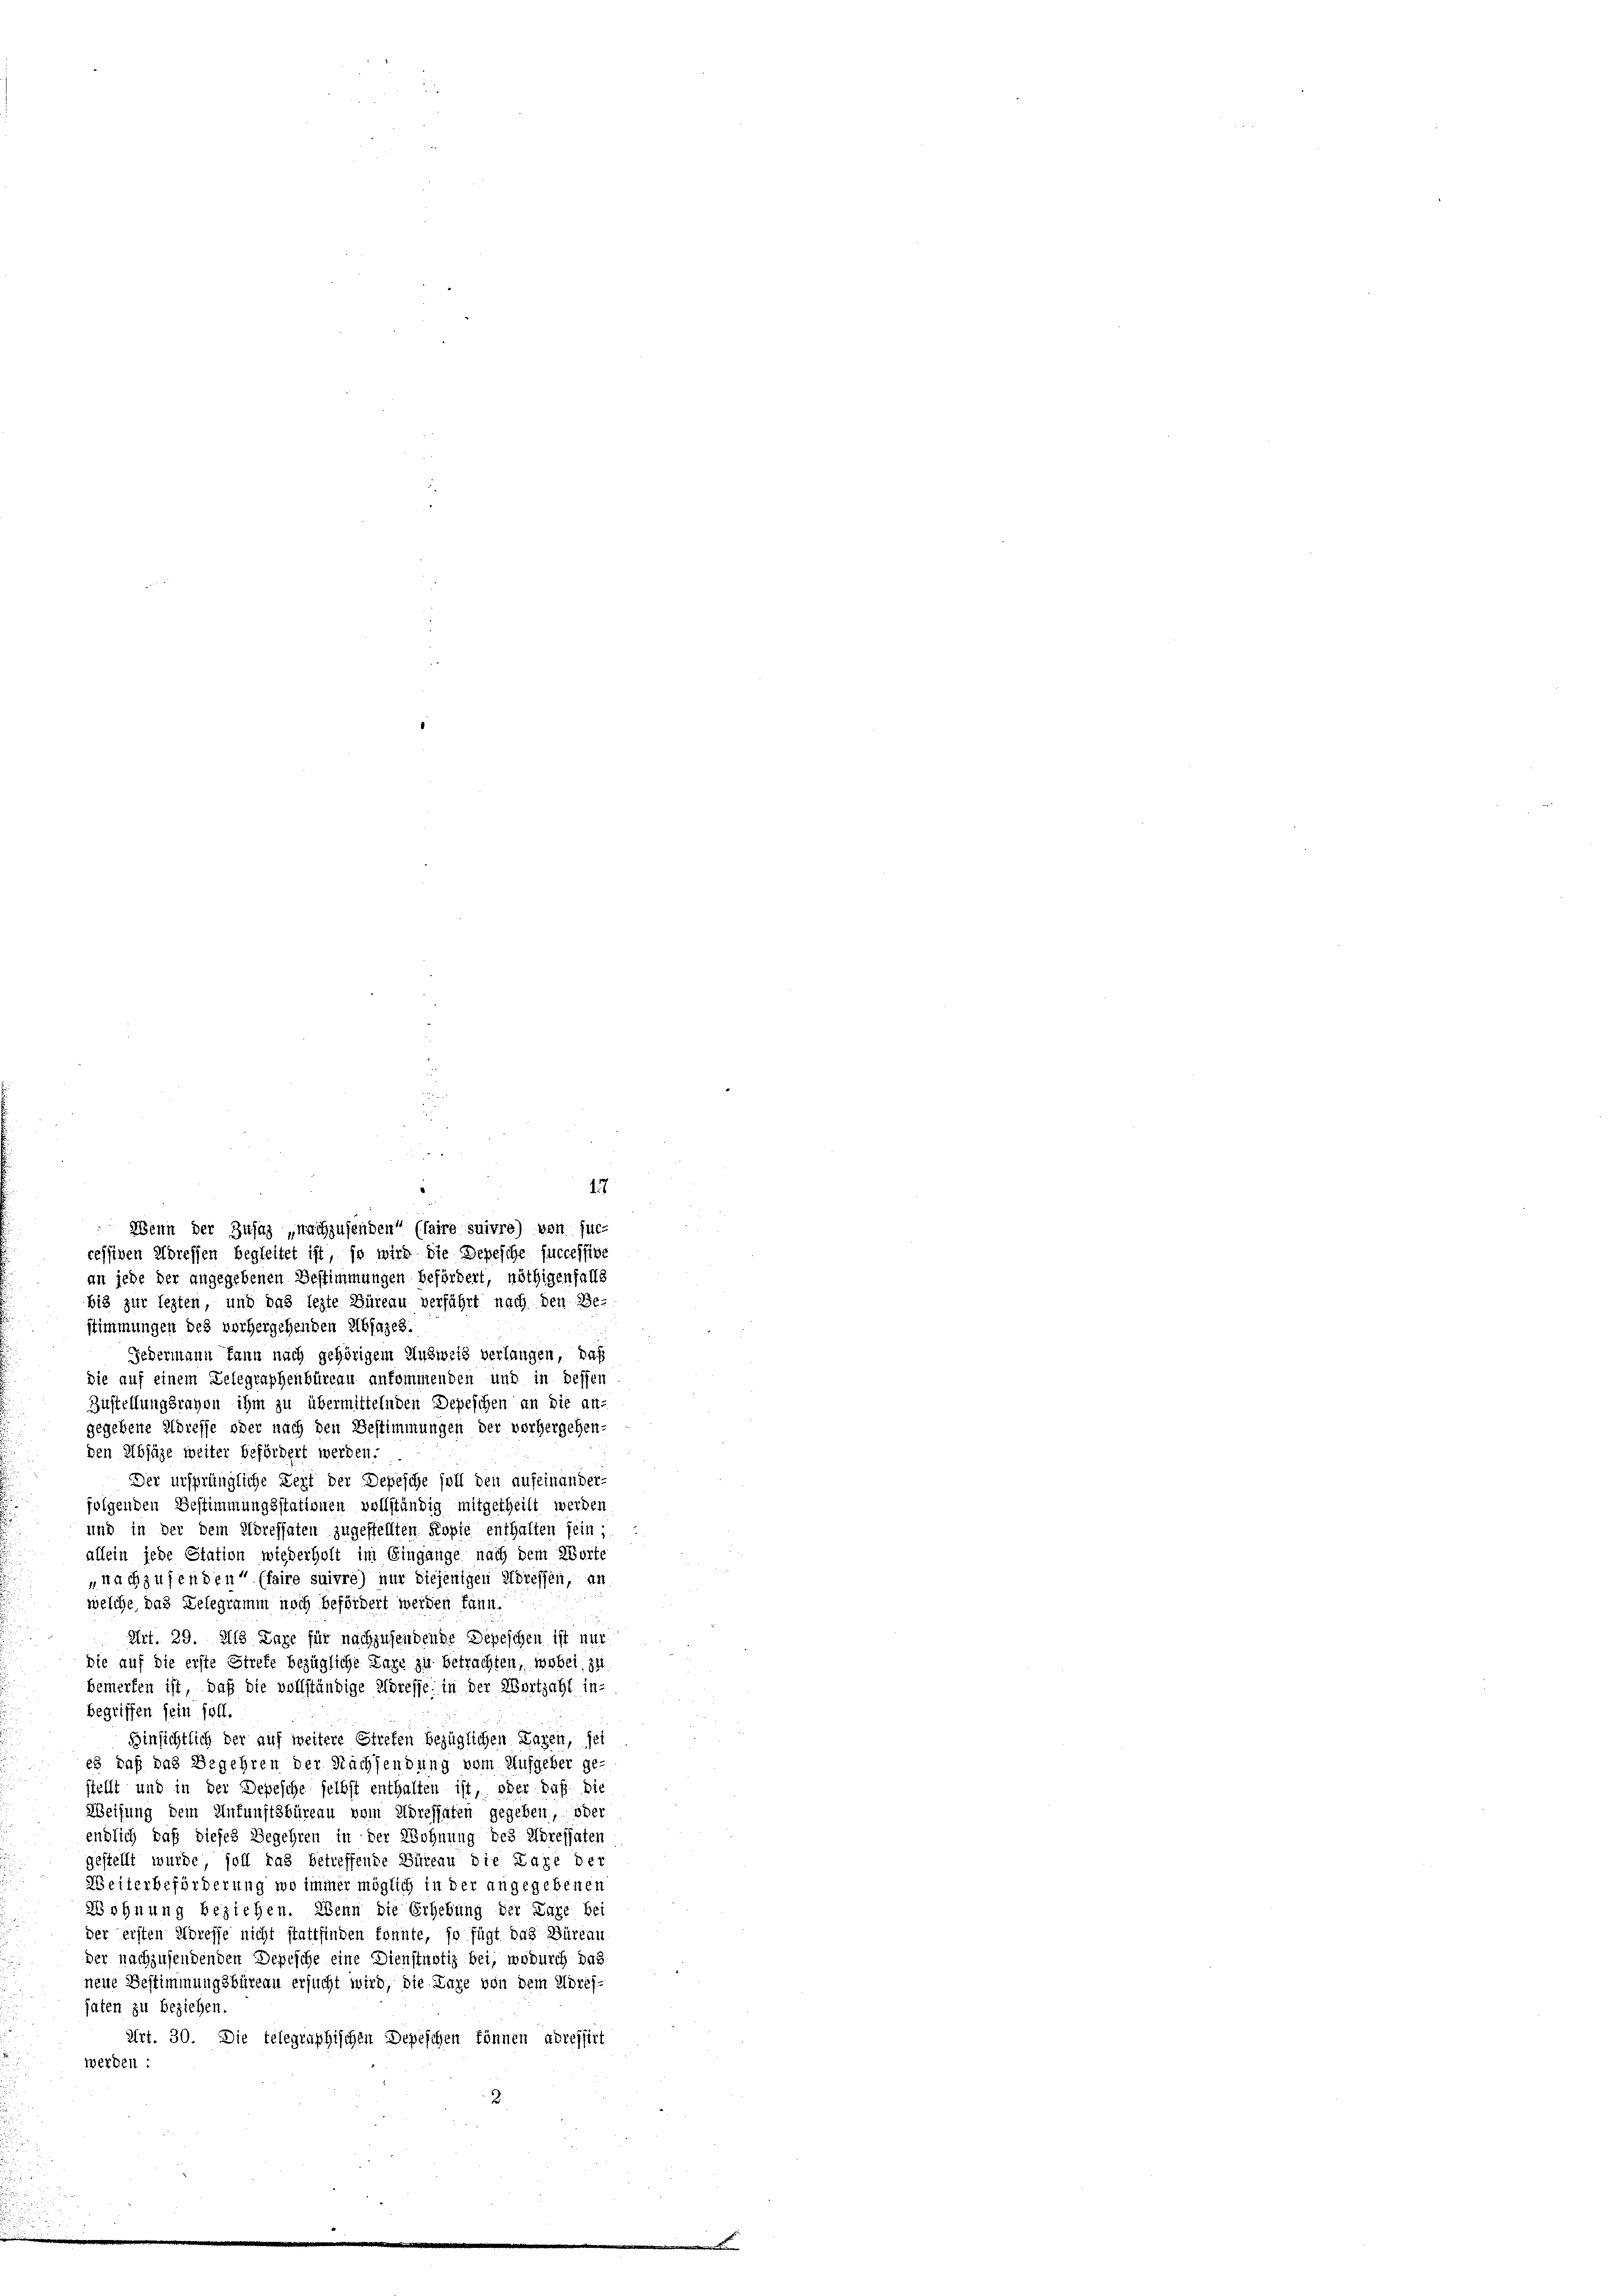
17
ressiven Adressen begleitet ist, so wird die Depesche successive
an jede der angegebenen Bestimmungen befördert, nöthigenfalls
bis zur lezten, und das lezte Büreau verführt nach den Be-
stimmungen des vorhergehenden Abfazes.
Jedermann kann nach gehörigem Ausweis verlangen, daß
die auf einem Zelegraphenbüreau ankommenden und in dessen
Zustellungsrahon ihm zu übermittelnden Depeschen an die an-
gegebene Adresse oder nach den Bestimmungen der vorhergehen-
den Absäze weiter befördert werden.
Der ursprüngliche Zeit der Depesche soll den aufeinander-
folgenden Gestimmungsstationen vollständig mitgetheilt werden
und in der dem Adressaten zugestellten Kopie enthalten sein:
allein jede Station wiederholt im Eingange nach dem Worte
nachzusenden“ (faire suivre) nur diejenigen Adressen, an
welche, das Telegramm noch befördert werden kann.
Art. 29. Als Lage für nachzusendende Depeschen ist nur
die auf die erste Strefe bezügliche Lage zu betrachten, wobei zu
bemerken ist, daß die vollständige Adresse in der Wortzahl in-
begriffen sein soll.
Hinsichtlich der auf weitere Strefen bezüglichen Lagen, sei
es daß das Begehren der Nachsendung vom Aufgeber ge-
stellt und in der Depesche selbst enthalten ist, oder daß die
Weisung dem Unfunftsbüreau vom Adressaten gegeben, oder
endlich daß dieses Begehren in der Wohnung des Moressaten
gestellt wurde, soll das betreffende Büreau die Lage ber
Weiterbeförderung wo immer möglich in der angegebenen
Wohnung beziehen. Wenn die Erhebung der Lage bei
der ersten Adresse nicht stattfinden konnte, so fügt das Büreau
der nachzusendenden Depesche eine Dienstnotiz bei, wodurch das
neue Bestimmungsbüreau ersucht wird, die Lage von dem Koref-
haten zu beziehen.
Art. 30. Die telegraphischen Depeschen können adressirt
werden :
2

Wenn der Zusatz „nachzusenden“ (faire suivre) von suc-